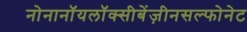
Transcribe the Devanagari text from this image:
नोनानॉयलॉक्सीबेंज़ीनसल्फोनेट